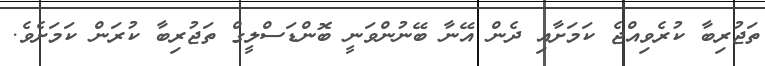
ތަޖުރިބާ ކުރެވިއްޖެ ކަމަށާއި ދެން އޭނާ ބޭނުންވަނީ ބޮންޑަސްލީގް ތަޖުރިބާ ކުރަން ކަމަށެވެ.